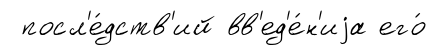
посл'е́дств'ий вв'ед'е́н'иjа его́